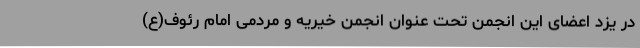
در یزد اعضای این انجمن تحت عنوان انجمن خیریه و مردمی امام رئوف(ع)